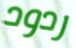
ردود